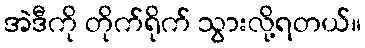
အဲဒီကို တိုက်ရိုက် သွားလို့ရတယ်။